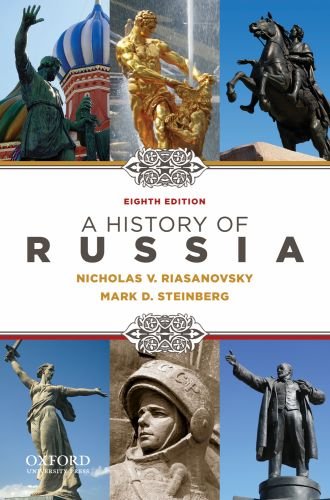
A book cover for A History of Russia; Nicholas Riasanovsky; History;